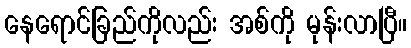
နေရောင်ခြည်ကိုလည်း အစ်ကို မုန်းလာပြီ။